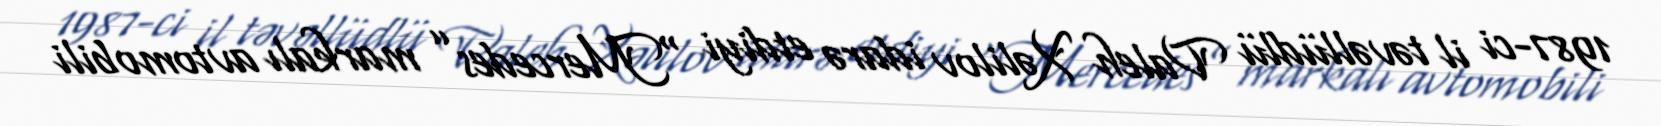
1987-ci il təvəllüdlü Valeh Xəlilov idarə etdiyi “Mercedes” markalı avtomobili